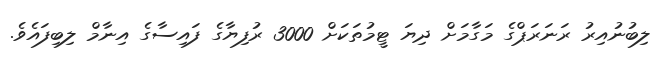
ލިބުނުއިރު ރަނަރަޕްގެ މަގާމަށް ދިޔަ ޓީމުތަކަށް 3000 ރުފިޔާގެ ފައިސާގެ އިނާމް ލިބިފައެވެ.